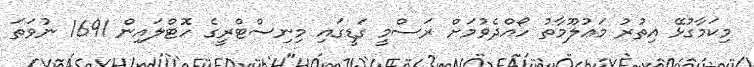
މިކަމާގުޅޭ އިތުރު މަޢުލޫމާތު ހޯއްދެވުމަށް ރަސްމީ ގަޑީގައި މިނިސްޓްރީގެ ހޮޓްލައިން 1691 ނުވަތަ